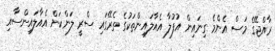
ރާއްޖޭގެ މަސް އެންމެ ގިނައިން އުފުލާ އެއާލައިންތަކުގެ ތެރޭގައި ސްރީ ލަންކަން އެއާލައިންސާއި